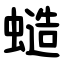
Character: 䗢